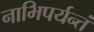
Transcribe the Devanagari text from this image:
नाभिपर्यन्तं